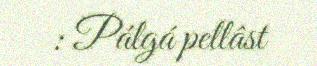
: Pálgá pellâst